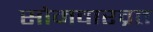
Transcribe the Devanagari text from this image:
सोमवारव्रत